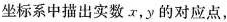
坐标系中描出实数。x，y的对应点，